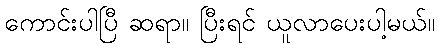
ကောင်းပါပြီ ဆရာ။ ပြီးရင် ယူလာပေးပါ့မယ်။